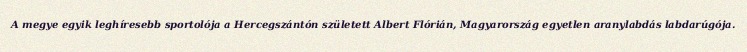
A megye egyik leghíresebb sportolója a Hercegszántón született Albert Flórián, Magyarország egyetlen aranylabdás labdarúgója.